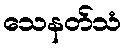
သေနတ်သံ